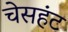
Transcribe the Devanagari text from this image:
चेसहंट